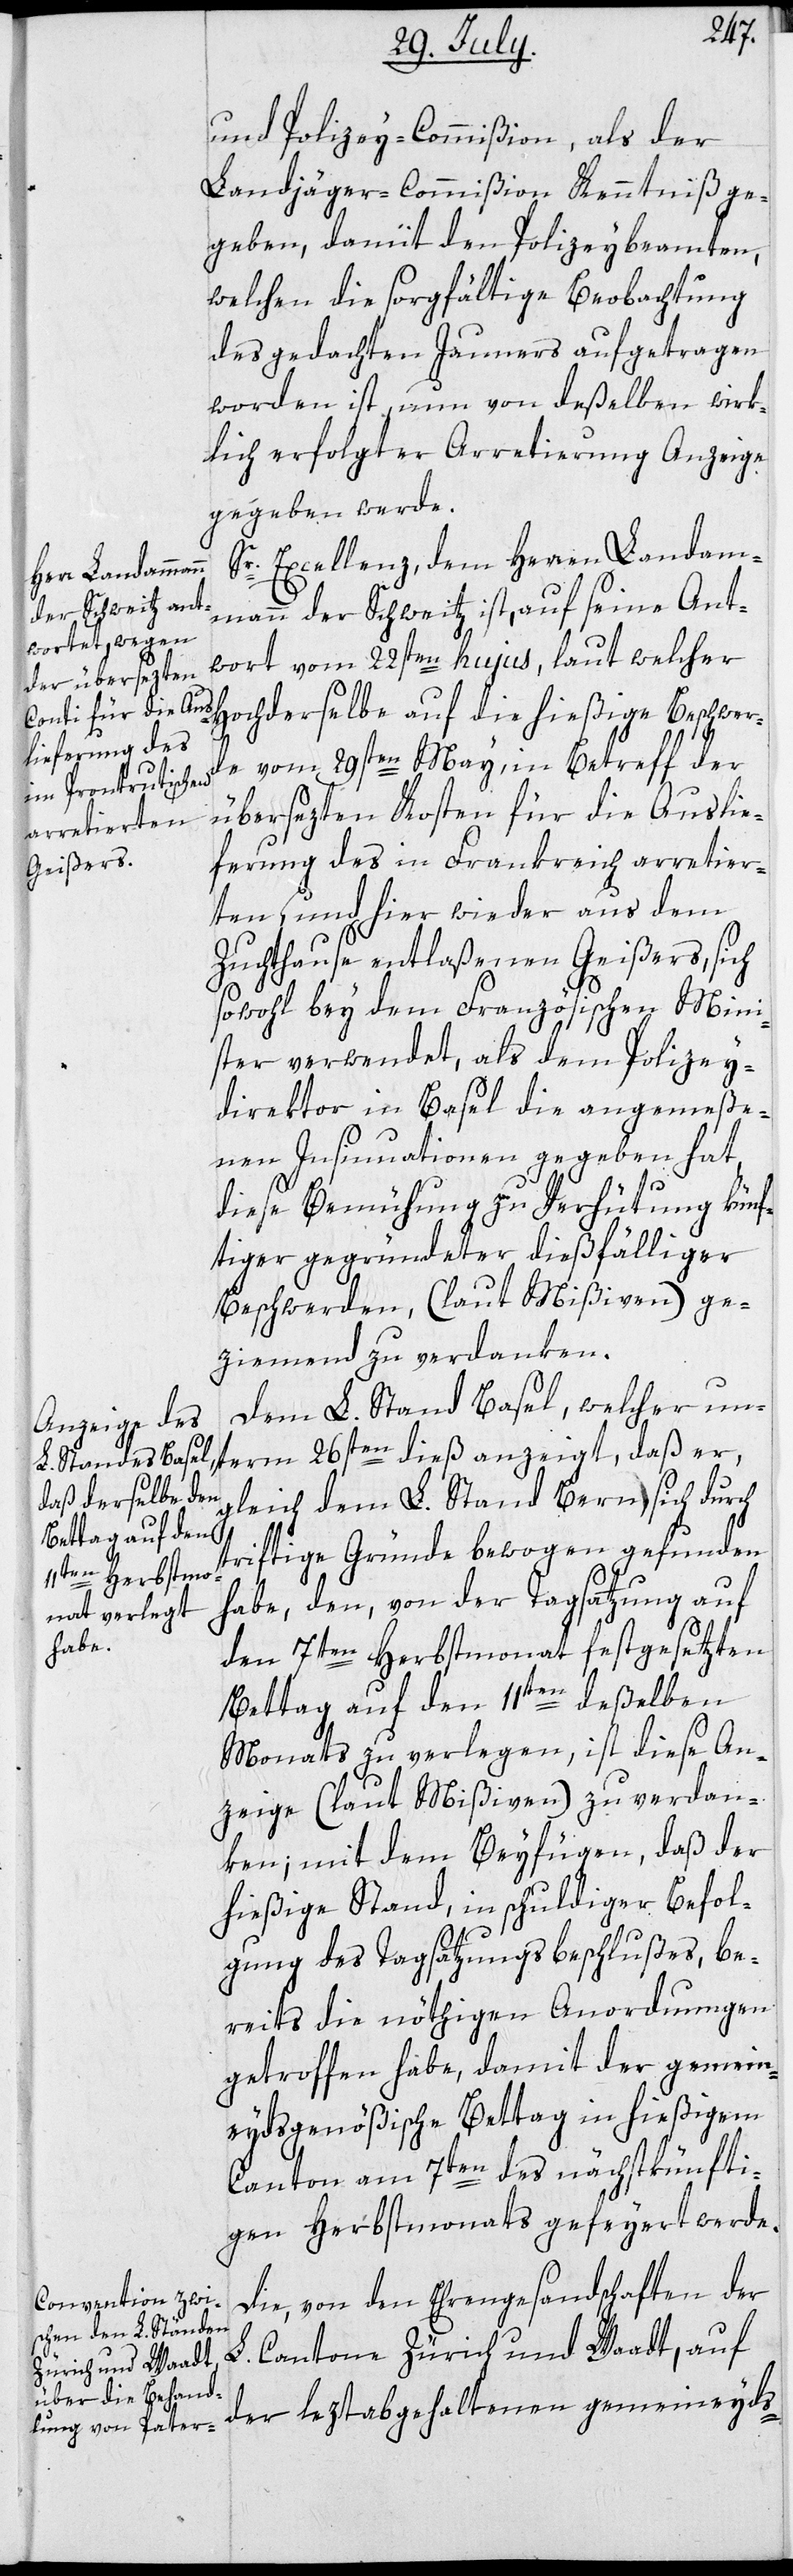
und Polizey-Commißion, als der
Landjäger-Commißion Kenntniß ge¬
geben, damit den Polizeybeamten,
welchen die sorgfältige Beobachtung
des gedachten Jauners aufgetragen
worden ist, nun von deßelben wirk¬
lich erfolgter Arretierung Anzeige
gegeben werde.
Sr. Excellenz, dem Herren Landam¬
mann der Schweitz ist, auf seine Ant¬
wort vom 22sten hujus, laut welcher
Hochderselbe auf die hießige Beschwer¬
de vom 29sten May, in Betreff der
übersezten Kosten für die Auslie¬
ferung des in Frankreich arretier¬
ten, und hier wieder aus dem
Zuchthause entlaßenen Geißers, sich
sowohl bey dem Französischen Mini¬
ster verwendet, als dem Polizey¬
direktor in Basel die angemeße¬
nen Insinuationen gegeben hat,
diese Bemühung zu Verhütung künf¬
tiger gegründeter dießfälliger
Beschwerden, (laut Mißiven) ge¬
ziemend zu verdanken.
Dem L. Stand Basel, welcher unterm
anzeigt, daß
gleich dem L. Stand Bern sich durch
triftige Gründe bewogen gefunden
habe, den, von der Tagsatzung auf
den 7ten Herbstmonat festgesetzten
Bettag auf den 11ten deßelben
Monats zu verlegen, ist diese An¬
zeige (laut Mißiven) zu verdan¬
ken; mit dem Beyfügen, daß der
hießige Stand in schuldiger Befol¬
gung des Tagsatzungsbeschlußes, be¬
reits die nöthigen Anordnungen
getroffen habe, damit der gemein¬
eydsgenößische Bettag in hießigem
Canton am 7ten des nächstkünfti¬
gen Herbstmonats gefeyert werde.
Die, von den Ehrengesandtschaften der
L. Cantone Zürich und Waadt, auf
der leztabgehaltenen gemeineyds-